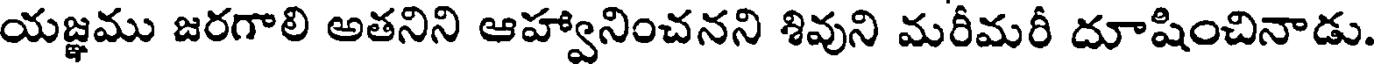
యజ్ఞము జరగాలి అతనిని ఆహ్వానించనని శివుని మరీమరీ దూషించినాడు.